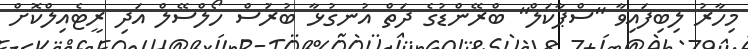
މިހާރު ލިބިފައިވާ "ސްޕާކަލް" ބްރޭންޑުގެ ދަތް އުނގުޅާ ބުރުަސް ހޯލްސޭލް އަދި ރީޓެއިލްކޮށް